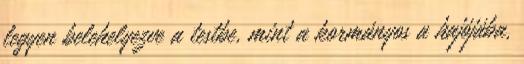
legyen belehelyezve a testbe, mint a kormányos a hajójába,